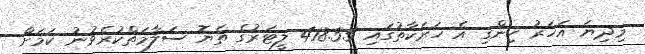
މިދިޔަ އަހަރު ހިންގި އެ ހަރަކާތުގައި 418.55 ލީޓަރުގެ ތެޔޮ ސަލާމަތްކުރެވުނު ކަމަށް